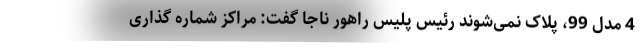
4 مدل 99، پلاک نمی‌شوند رئیس پلیس راهور ناجا گفت: مراکز شماره گذاری